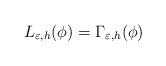
LaTeX: \begin{align*} &{L_{\varepsilon, h}(\phi)} = \Gamma_{\varepsilon,h}(\phi) \end{align*}